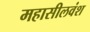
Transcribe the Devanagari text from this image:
महासीलवंश